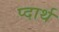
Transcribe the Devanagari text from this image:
प्दार्थ